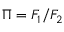
\Pi = F _ { 1 } / F _ { 2 }